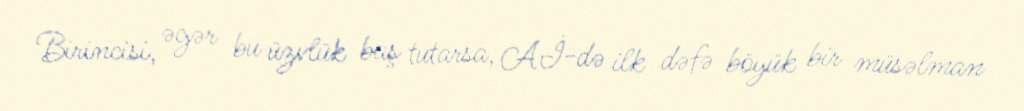
Birincisi, əgər bu üzvlük baş tutarsa, Aİ-də ilk dəfə böyük bir müsəlman